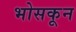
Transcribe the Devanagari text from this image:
भोसकून